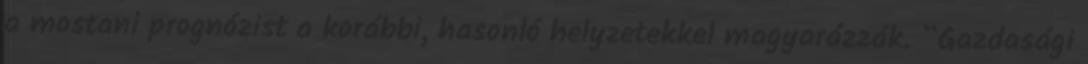
a mostani prognózist a korábbi, hasonló helyzetekkel magyarázzák. “Gazdasági